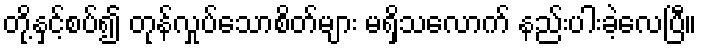
တို့နှင့်စပ်၍ တုန်လှုပ်သောစိတ်များ မရှိသလောက် နည်းပါးခဲ့လေပြီ။